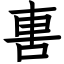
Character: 軎